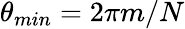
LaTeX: \theta_{min}=2\pi m/N